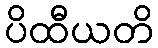
ပိထီယတိ